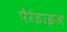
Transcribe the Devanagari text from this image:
पैरेडाइज